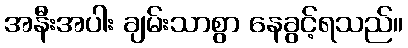
အနီးအပါး ချမ်းသာစွာ နေခွင့်ရသည်။